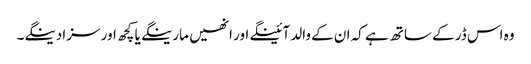
وہ اس ڈر کے ساتھ ہے کہ ان کے والد آئینگے اور انھیں مارینگے یا کچھ اور سزا دینگے۔